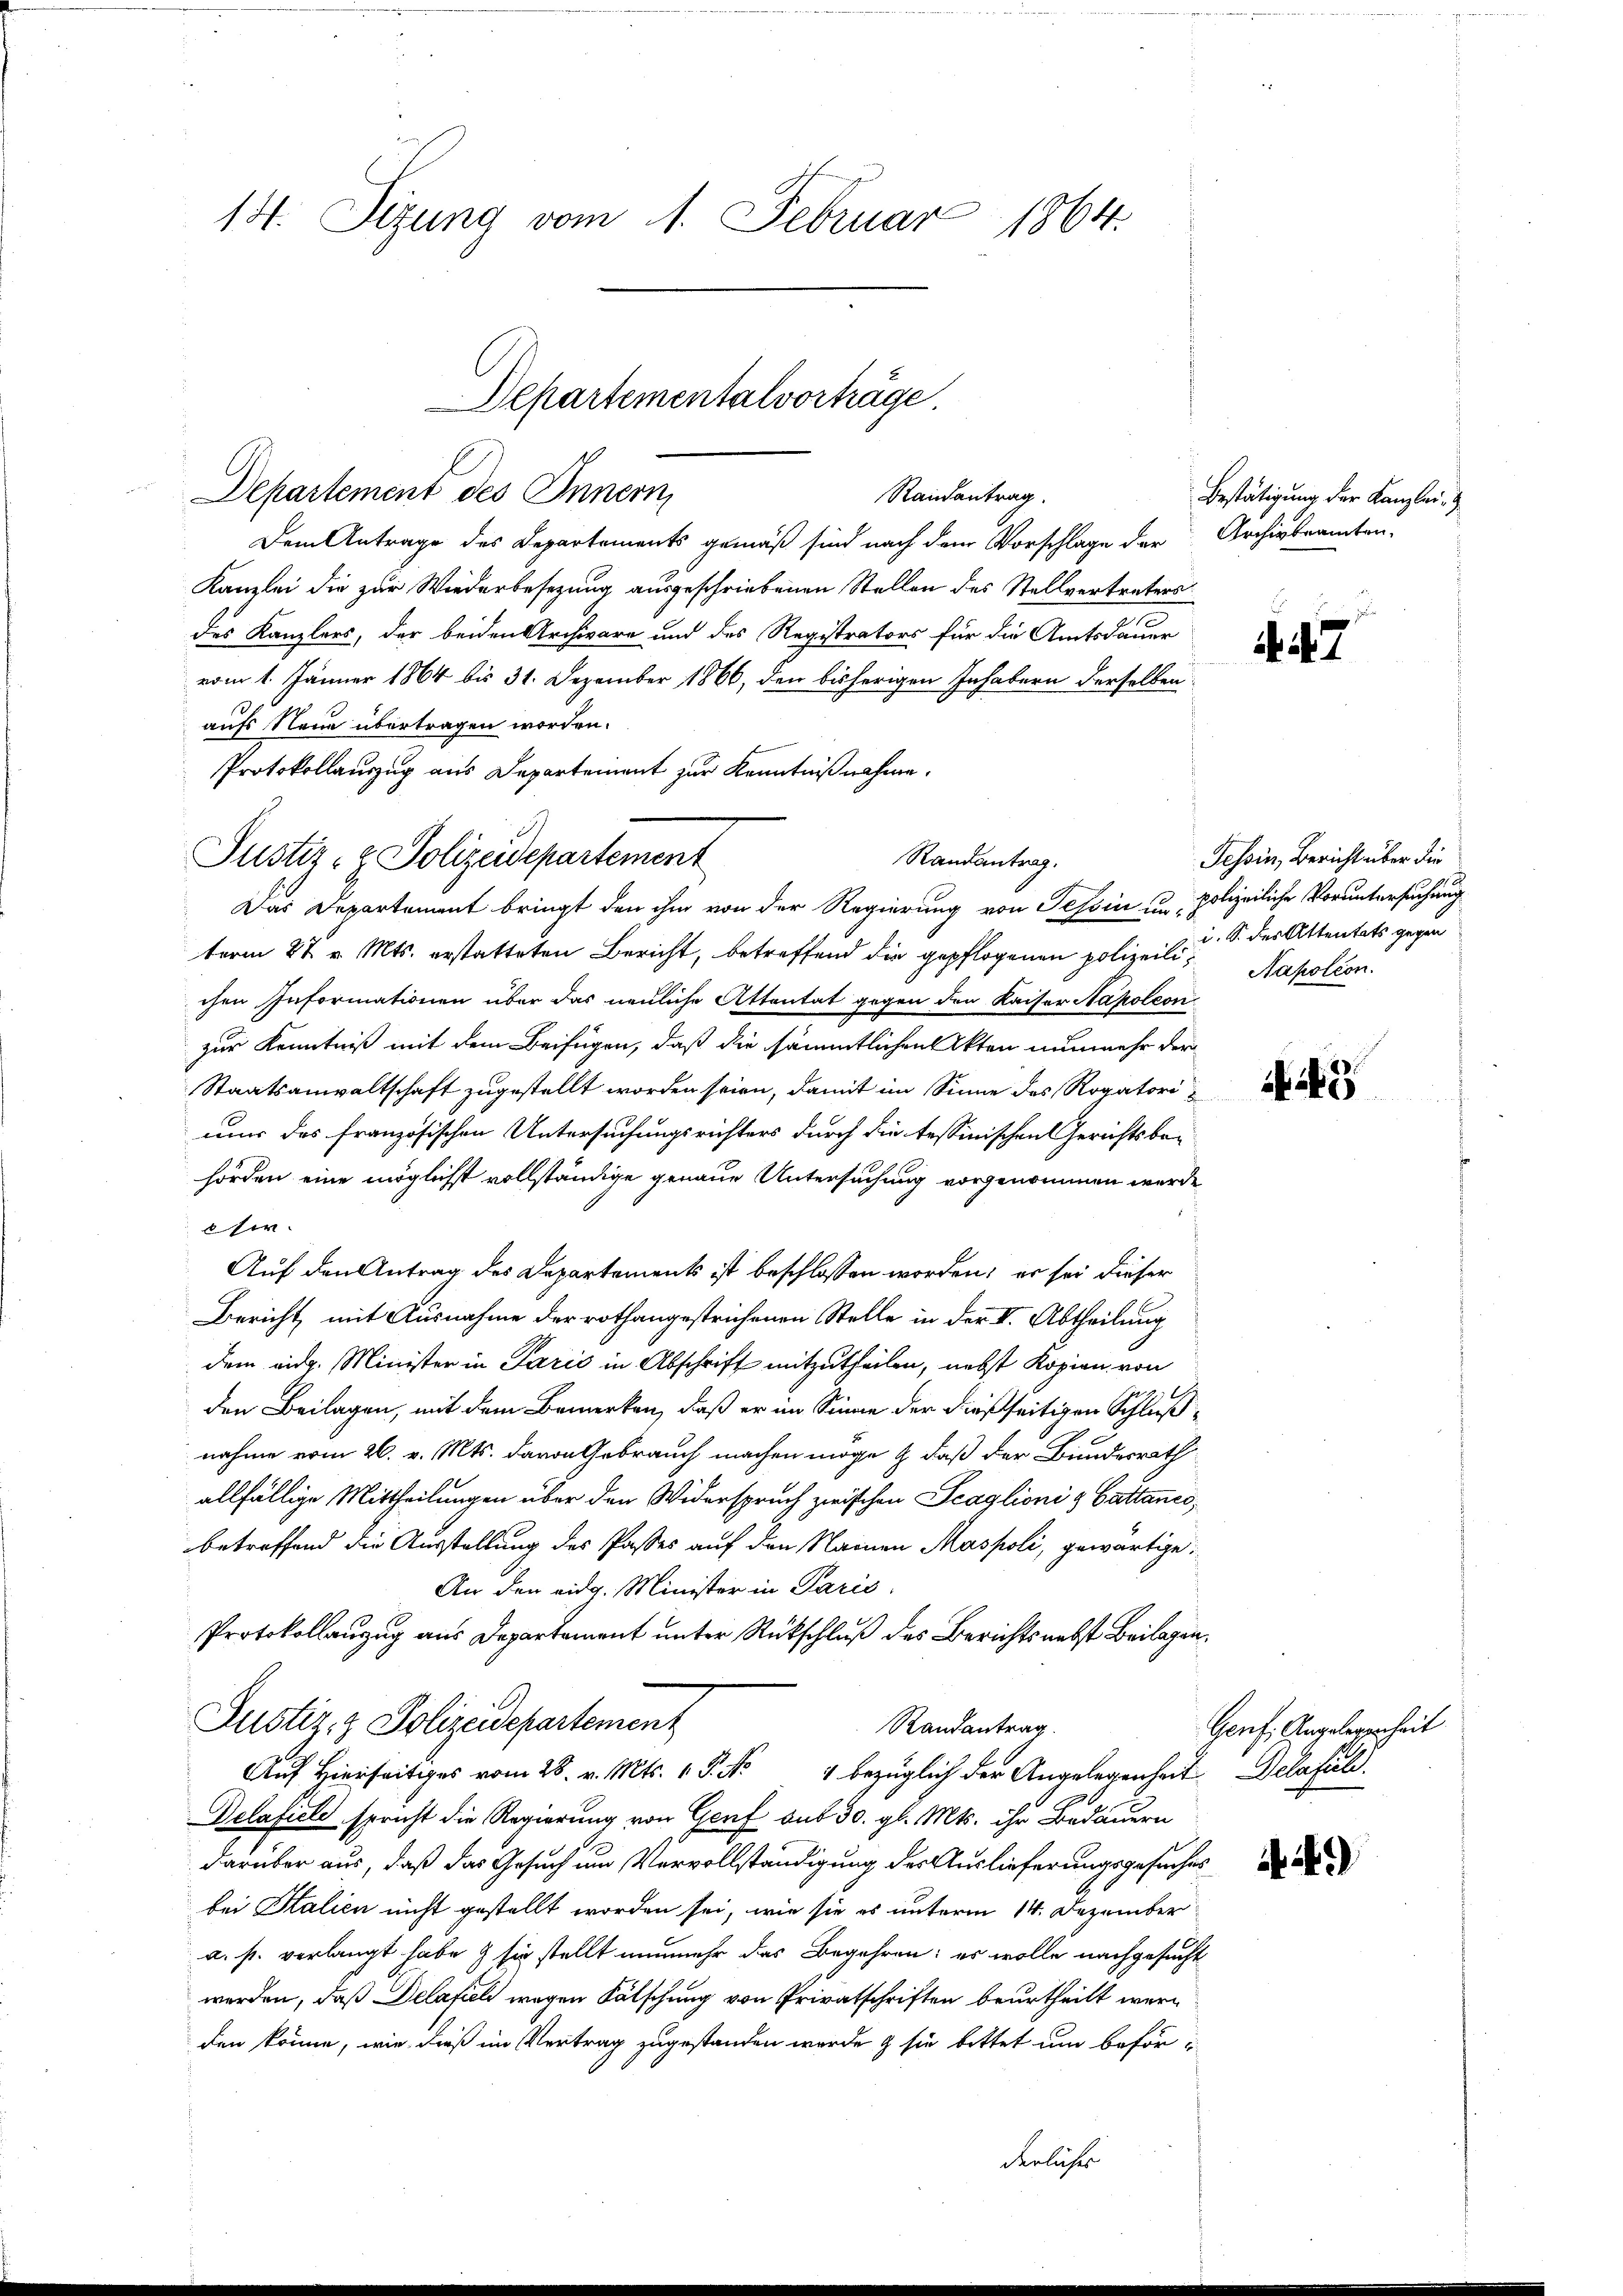
14. Sizung vom 1. Februar 1864.

Dem Antrage des Departements gemäß sind nach dem Vorschlage der
Kanzlei die zur Wiederbesezung ausgeschriebenen Stellen des Stellvertreters
des Kanzlers, der beiden Archivare und des Registrators für die Amtsdauer
vom 1. Jänner 1864 bis 31. Dezember 1866, den bisherigen Inhabern derselben
aufs Neue übertragen worden.
Protokollauszug aus Departement zur Kenntnißnahme.
Das Departement bringt den ihm von der Regierung von Tessin un polizeiliche Voruntersuchung
term 27. v. Mts. erstatteten Bericht, betreffend die gepflogenen polizeili¬ Napoléon
chen Informationen über das neuliche Attentat gegen den Kaiser Napoleon
zur Kenntniß mit dem Beifügen, daß die sämmtlichen Akten nunmehr der
Staatsanwaltschaft zugestellt worden seien, damit im Sinne des Rogatorinur das französischen Untersuchungsrichters durch die tessinischen Gerichtsbe-
hörden eine möglichst vollständige genaue Untersuchung vorgenommen werde
sir
Auf den Antrag des Departements ist beschlossen worden; er sei dieser
Bericht, mit Ausnahme der rothangestrichenen Stelle in der II. Abtheilung
dem eidg. Minister in Parić in Abschrift mitzutheilen, nebst Kopien von
den Beilagen, mit dem Bemerken, daß er im Sinne der dießseitigen Schlußnahme vom 26. v. Mts. davon Gebrauch machen möge & daß der Bundesrath
allfällige Mittheilungen über den Widerspruch zwischen Scaglioni g Cattancs,
betreffend die Ausstellung des Passes auf den Namen Maspoli, gewärtige
An den eidg. Minister in Paris,
Protokollanzug aus Departement unter Rückschluß des Berichts nebst Beilagen
Justiz- & Polizeidepartement
Randantrag
Auf Hierseits vom 28. v. Mts. 1. P. Nr. 4 bezüglich der Angelegenheit. Delafuld.
Delafiele spricht die Regierung von Genf aus 30. gl. Mts. ihr Bedauern
darüber aus, daß das Gesuch um Vervollständigung der Auslieferungsgesuches
bei Kalien nicht gestellt worden sei, wie sie es unterm 14. Dezember
a. p. verlangt habe & sie stellt nunmehr das Begehren; es wolle nachgesucht
werden, daß Delafiel wegen Fälschung von Privatschriften beurtheilt werden könne, wie dieß im Vertrag zugestanden wurde & sie bittet um beförderliches

Justiz- & Polizeidepartement

Departementalvorträge.
Departement des Innern
Randantrag.

Randantrag.

Bestätigung der Kanzlei-
Archivbeamten.

447

Tessin, Bericht über die
i. S. des Attentats gegen

9

Genf. Angelegenheit

i